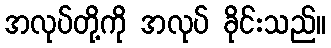
အလုပ်တို့ကို အလုပ် ခိုင်းသည်။